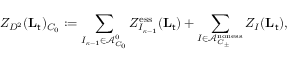
Z _ { D ^ { 2 } } ( \mathbf { L } _ { \mathsf { t } } ) _ { C _ { 0 } } : = \sum _ { I _ { { \boldsymbol { \kappa } } - 1 } \in \mathcal { A } _ { C _ { 0 } } ^ { 0 } } Z _ { I _ { { \boldsymbol { \kappa } } - 1 } } ^ { { \mathrm { e s s } } } ( \mathbf { L } _ { \mathsf { t } } ) + \sum _ { I \in \mathcal { A } _ { C _ { \pm } } ^ { { \mathrm { n o n e s s } } } } Z _ { I } ( \mathbf { L } _ { \mathsf { t } } ) ,